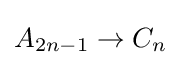
A_{2n-1}\to C_{n}